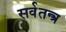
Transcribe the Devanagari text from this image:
सर्वतन्त्र